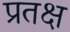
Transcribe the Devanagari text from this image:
प्रतक्ष